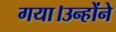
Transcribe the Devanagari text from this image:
गया।उन्होंने